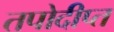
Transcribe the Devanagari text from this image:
तपोदीप्त